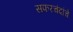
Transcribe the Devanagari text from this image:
सफरचंदांचे